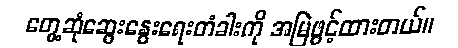
တွေ့ဆုံဆွေးနွေးရေးတံခါးကို အမြဲဖွင့်ထားတယ်။